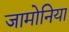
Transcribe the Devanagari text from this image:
जामोनिया